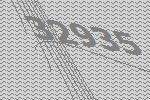
32935